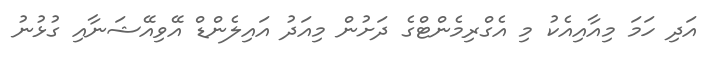
އަދި ހަމަ މިއާއިއެކު މި އެގްރިމެންޓްގެ ދަށުން މިއަދު އައިލެންޑް އޭވިއޭޝަނާއި ގުޅުނު